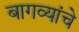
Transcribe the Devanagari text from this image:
बागव्यांचे